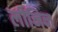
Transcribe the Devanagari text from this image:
लीनिन